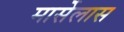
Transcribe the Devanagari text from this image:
मार्सेलास